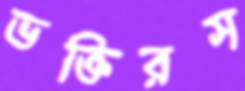
ভক্তিরস